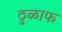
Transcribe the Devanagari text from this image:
ठुळाफ